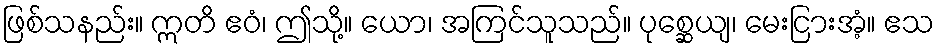
ဖြစ်သနည်း။ ဣတိ ဧဝံ၊ ဤသို့။ ယော၊ အကြင်သူသည်။ ပုစ္ဆေယျ၊ မေးငြားအံ့။ ဧသ